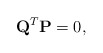
\begin{align*}{\bf Q}^T {\bf P} =0,\end{align*}